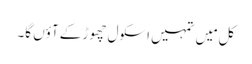
کل مَیں تمہیں اسکول چھوڑ کے آؤں گا۔